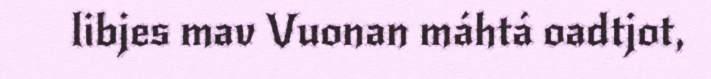
libjes mav Vuonan máhtá oadtjot,